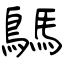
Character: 鷌